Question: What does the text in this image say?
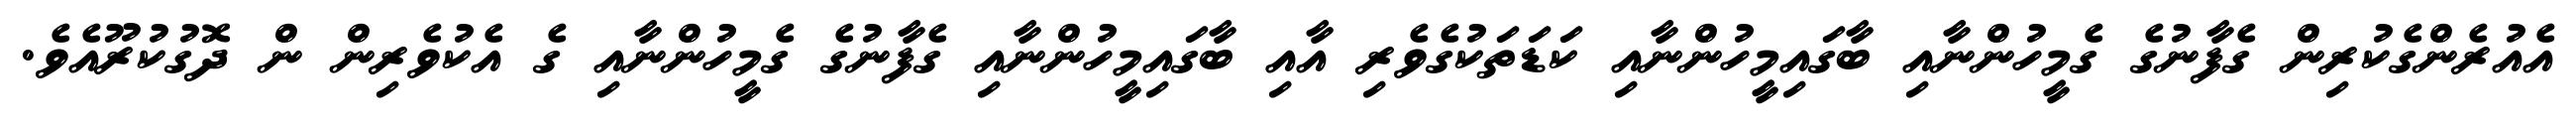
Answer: އެއުރެންގެކުރިން ގެފާނުގެ ގެމީހުންނާއި ބާގައިމީހުންނާއި ކަޑަތަކުގެވެރި އާއި ބާގައިމީހުންނާއި ގެފާނުގެ ގެމީހުންނާއި ގެ އެކުވެރިން ން ދޮގުކުރޫއެވެ.